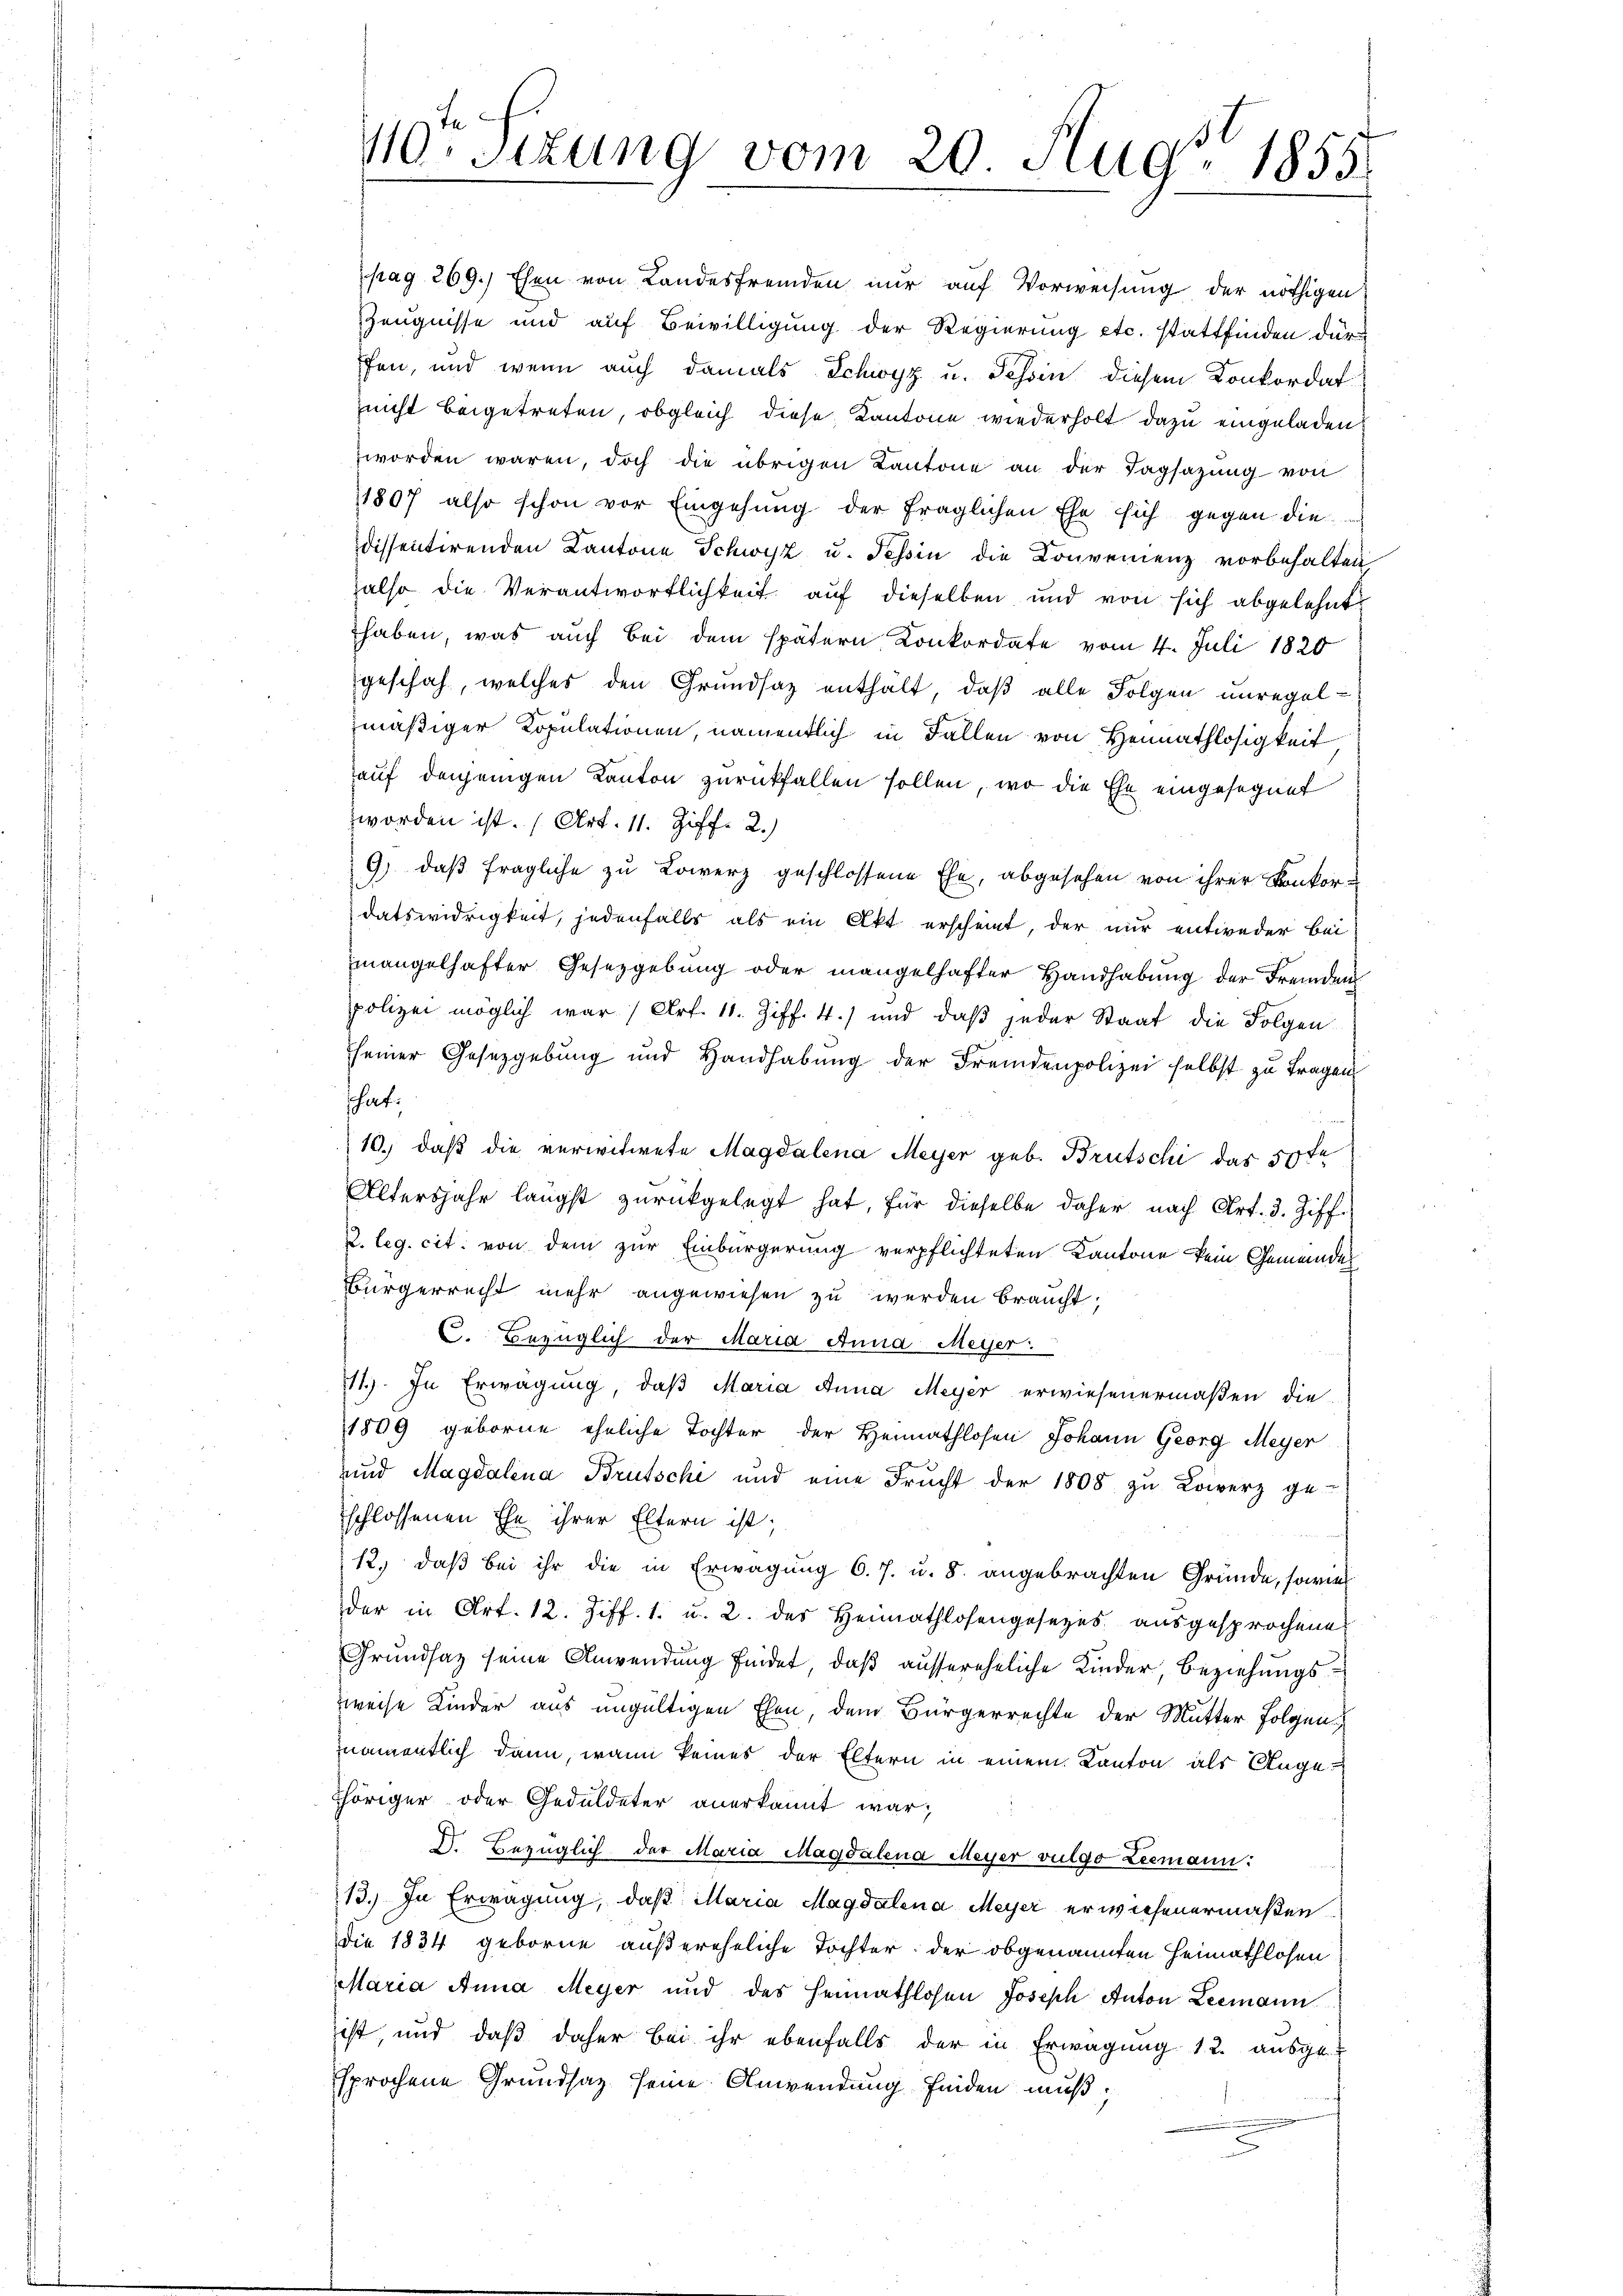
pag 269.) Ehen von Landesfremden nur auf Vorweisung der nöthigen
Zeugnisse und auf Bewilligung der Regierung etc. stattfinden dürfen, und wenn auch damals Schwyz u. Schön diesem Konkordat
nicht beigetreten, obgleich diese Kantone wiederholt dazu eingeladen,
zworden waren, doch die übrigen Kantone an der Tagsazung von
11807 also schon vor Eingehung der fraglichen Ehe sich gegen die
dissentirenden Kantone Schwyz u. Tessin die Convenienz vorbehalten
also die Verantwortlichkeit auf dieselben und von sich abgelehnt
haben, was auch bei dem spätern Konkordate vom 4. Juli 1820
geschah, welches den Grundsaz enthalt, daß alle Folgen unregel-
mäßiger Kopulationen, namentlich in Fallen von Hennathlosigkeit
auf denjenigen Kanton zurückfallen sollen, wo die Ehe eingesegnet
worden ist. (Art. 11. Ziff. 2.)
9) daß fragliche zu Lowerz geschlossene Ehe, abgesehen von ihrer Konkordatswidrigkeit, jedenfalls als ein Akt erscheint, der nur entweder bei
mangelhafter Gesetzgebung oder mangelhafter Handhabŭng der Fremden
polizei möglich war (Art. 11. Ziff. 4.) und daβ jeder Staat die Folgen
seiner Gesetzgebung und Handhabŭng der Fremdenpolizei selbst zu tragen
hat:
s
10.) daß die verwitwete Magdalena Meyer geb. Brutschi das 50 fl
Altersjahr längst zurückgelegt hat, für dieselbe daher nach Art. 3. Ziff.
2. leg. cit. von dem zur Einbürgerung verpflichteten Kantone kein Gemeindes
Bürgerrecht mehr angewiesen zu werden braucht,
C. Bezüglich der Maria Anna Meyer.
111.) In Erwägung, daß Maria Anna Meyer erwiesenermaßen die
1809 geborne eheliche Tochter der Heimathlosen Johann Georg Meyer
und Magdalena Brutschi und eine Frucht der 1808 zu Lowerz ge-
schlossenen Ehe ihrer Eltern ist;
12. daß bei ihr die in Erwägung 6. 7. u. 8. angebrachten Gründe, sowie
der in Art. 12. Ziff. 1. u. 2. des Heimathlosengesezes ausgesprochene
Grundsaz seine Anwendung findet, daß aussereheliche Kinder, Beziehungszweise Kinder aus ungültigen Ehen, dem Bürgerrechte der Mutter Folgen
namentlich dann, wann keines der Eltern in einem Kanton als Angehöriger oder Geduldeter anerkannt war;
D. Bezüglich der Maria Magdalena Meyer vulgo Leemann:
13.) In Erwägung, daß Maria Magdalena Meyer erwiesenermaßen
die 1834 geborne außereheliche Tochter der obgenannten Heimathlosen
Maria Anna Meyer und des Heimathlosen Joseph Anton Leemann
ist, und daß daher bei ihr ebenfalls der in Erwägung 12. ausgesprochene Grundsaz seine Anwendung finden muß.

40. sizung vom 20. Aug. 1855.